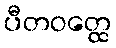
ပီတဝတ္ထေ